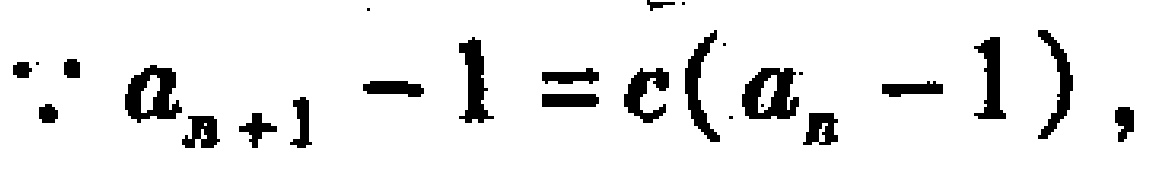
\(\because a_{n + 1} - 1 = c(a_{n} - 1)\)，